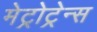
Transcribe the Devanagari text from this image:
मेट्रोट्रेन्स